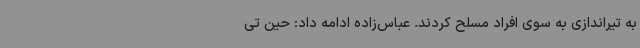
به تیراندازی به سوی افراد مسلح کردند. عباس‌زاده ادامه داد: حین تی